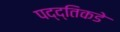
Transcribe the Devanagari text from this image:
पद्द्तिकडे